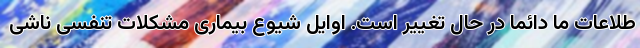
طلاعات ما دائما در حال تغییر است. اوایل شیوع بیماری مشکلات تنفسی ناشی